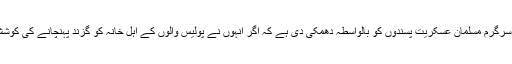
بھارت کے زیرِ انتظام کشمیر کی پولیس نے وادی میں سرگرم مُسلمان عسکریت پسندوں کو بالواسطہ دھمکی دی ہے کہ اگر انہوں نے پولیس والوں کے اہلِ خانہ کو گزند پہنچانے کی کوشش کی تو اُن کے خاندانوں کو بھی ہدف بنایا جاسکتا ہے۔